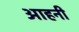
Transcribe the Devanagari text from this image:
आहनी